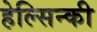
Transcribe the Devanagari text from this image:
हेल्सिन्की